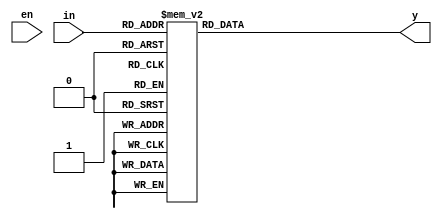
module decoder_3_8(y,in,en);
output[7:0]y;
input[2:0]in;
input en;
reg [7:0]y;
always@(in)
begin
casex(in)
3'b000:y=8'b00000001;
3'b001:y=8'b00000010;
3'b010:y=8'b00000100;
3'b011:y=8'b00001000;
3'b100:y=8'b00010000;
3'b101:y=8'b00100000;
3'b110:y=8'b01000000;
3'b111:y=8'b10000000;
default:y=8'bzzzzzzzz;
endcase
end
endmodule